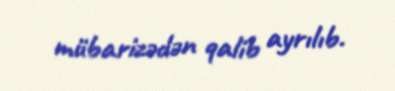
mübarizədən qalib ayrılıb.